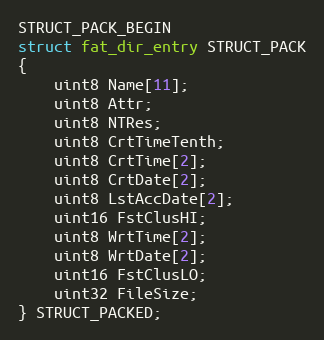
Language: C
STRUCT_PACK_BEGIN
struct fat_dir_entry STRUCT_PACK
{
    uint8 Name[11];
    uint8 Attr;
    uint8 NTRes;
    uint8 CrtTimeTenth;
    uint8 CrtTime[2];
    uint8 CrtDate[2];
    uint8 LstAccDate[2];
    uint16 FstClusHI;
    uint8 WrtTime[2];
    uint8 WrtDate[2];
    uint16 FstClusLO;
    uint32 FileSize;
} STRUCT_PACKED;